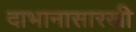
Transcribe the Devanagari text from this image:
दाभानासारखी